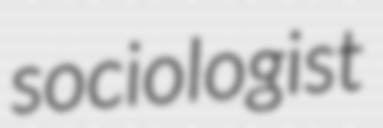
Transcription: sociologist